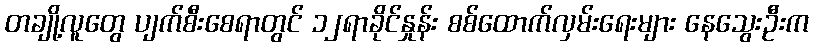
တချို့လူတွေ ပျက်စီးစေရာတွင် ၁၂ရာခိုင်နှုန်း စစ်ထောက်လှမ်းရေးများ နေသွေးဦးက